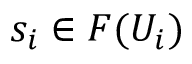
s _ { i } \in F ( U _ { i } )